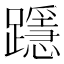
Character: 𨆲